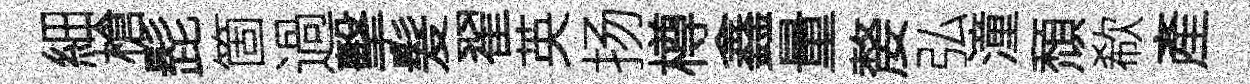
細槍髭箇過擊髮翟英扬樽鑫量嫠弘潼頹欷產